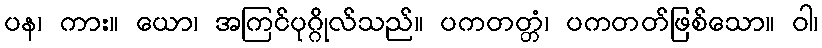
ပန၊ ကား။ ယော၊ အကြင်ပုဂ္ဂိုလ်သည်။ ပကတတ္တံ၊ ပကတတ်ဖြစ်သော။ ဝါ၊